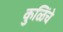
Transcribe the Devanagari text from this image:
कुळिंचे